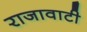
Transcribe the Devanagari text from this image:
राजावाटी